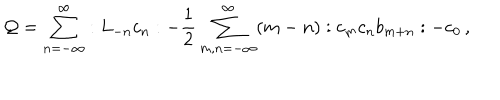
LaTeX: { \cal Q } = \sum _ { n = - \infty } ^ { \infty } : L _ { - n } c _ { n } : - \frac { 1 } { 2 } \sum _ { m , n = - \infty } ^ { \infty } ( m - n ) : c _ { m } c _ { n } b _ { m + n } : - c _ { 0 } \, ,